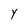
Character: Y